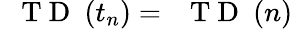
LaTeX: \mathrm{~{~\mathbf~T~D~}~}(t_{n})=\mathrm{~{~\mathbf~T~D~}~}(n)